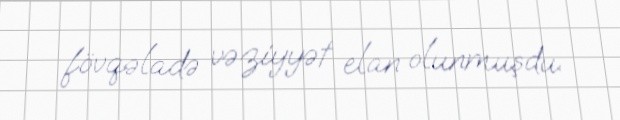
fövqəladə vəziyyət elan olunmuşdu.